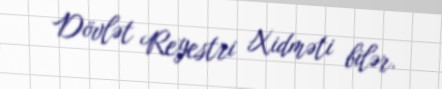
Dövlət Reyestri Xidməti bilər.